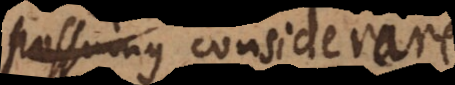
possumus considerare